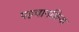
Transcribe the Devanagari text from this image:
पहचानक्रिया